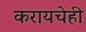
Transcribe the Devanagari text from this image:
करायचेही